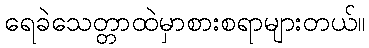
ရေခဲသေတ္တာထဲမှာစားစရာများတယ်။